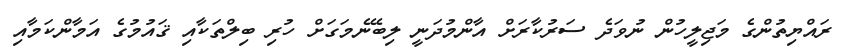
ރައްޔިތުންގެ މަޖިލީހުން ނުވަދެ ސަރުކާރަށް އާންމުދަނީ ލިބޭނެމަގަށް ހުރި ބިލްތަކާއި ޤައުމުގެ އަމާންކަމާއި